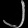
Digit: ၂